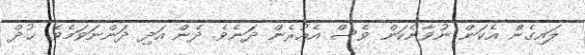
ލައިގެން އެކަން ނުވާނެކަން ވެސް އެއުރެން ދަނެވެ. ދެން އަދި ދަންނަވަމެވެ. ޚުދް